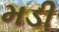
મડી